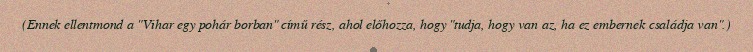
(Ennek ellentmond a "Vihar egy pohár borban" című rész, ahol előhozza, hogy "tudja, hogy van az, ha ez embernek családja van".)